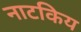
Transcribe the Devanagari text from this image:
नाटकिय